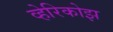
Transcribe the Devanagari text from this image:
व्हेरिकोझ